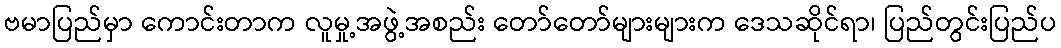
ဗမာပြည်မှာ ကောင်းတာက လူမှု့အဖွဲ့အစည်း တော်တော်များများက ဒေသဆိုင်ရာ၊ ပြည်တွင်းပြည်ပ